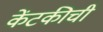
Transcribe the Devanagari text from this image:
केंटकीची